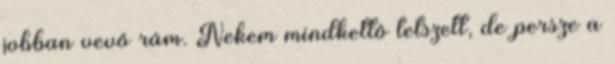
jobban vevő rám. Nekem mindkettő tetszett, de persze a